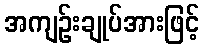
အကျဉ်းချုပ်အားဖြင့်